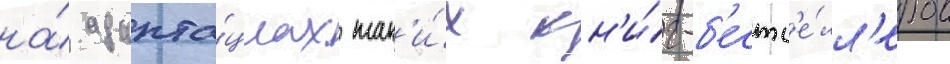
на́ адапта́циах так'и́х кн'и́г-б'естс'е́лл'еров